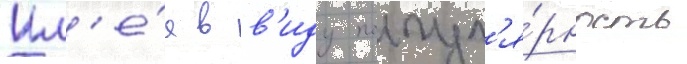
Им'е́я в в'иду попул'я́рность